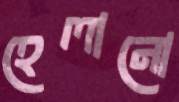
হেলানো